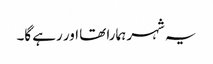
یہ شہر ہمارا تھا اور رہے گا۔